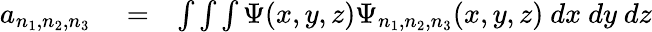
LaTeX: \begin{array}{rlr}{a_{n_{1},n_{2},n_{3}}}&{{}=}&{\int\int\int\Psi(x,y,z)\Psi_{n_{1},n_{2},n_{3}}(x,y,z)\ dx\ dy\ dz}\end{array}